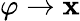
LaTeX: \varphi\rightarrow\mathbf{x}